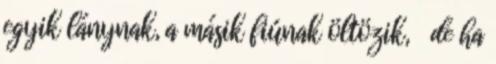
egyik lánynak, a másik fiúnak öltözik, de ha